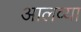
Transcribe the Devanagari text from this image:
आलव्या